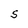
Character: e